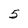
Character: 5